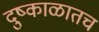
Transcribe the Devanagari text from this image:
दुष्काळातच